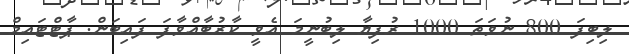
ލިބިފަ 800 ނުވަތަ 1000 ރުފިޔާ ލިބުނީމަ އެވީ ކާރުބާއްވާފަ ފައިބަން. ޕާޓްޓައިމް